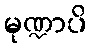
မုဏ္ဍာပိ